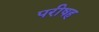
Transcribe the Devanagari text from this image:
परीषह